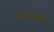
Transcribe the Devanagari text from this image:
सीताजीके